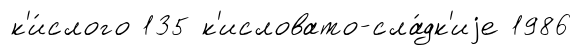
к'и́слого 135 к'исловато-сла́дк'иjе 1986